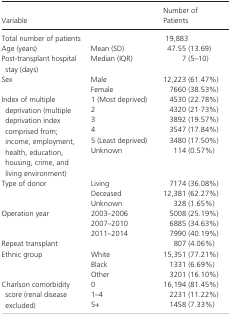
<table><thead><tr><td colspan="2"><b>Variable</b></td><td><b>Number of Patients</b></td></tr></thead><tbody><tr><td colspan="2">Total number of patients</td><td>19,883</td></tr><tr><td>Age (years)</td><td>Mean (SD)</td><td>47.55 (13.69)</td></tr><tr><td>Post‐transplant hospital stay (days)</td><td>Median (IQR)</td><td>7 (5–10)</td></tr><tr><td rowspan="2">Sex</td><td>Male</td><td>12,223 (61.47%)</td></tr><tr><td>Female</td><td>7660 (38.53%)</td></tr><tr><td rowspan="6">Index of multiple deprivation (multiple deprivation index comprised from; income, employment, health, education, housing, crime, and living environment)</td><td>1 (Most deprived)</td><td>4530 (22.78%)</td></tr><tr><td>2</td><td>4320 (21·73%)</td></tr><tr><td>3</td><td>3892 (19.57%)</td></tr><tr><td>4</td><td>3547 (17.84%)</td></tr><tr><td>5 (Least deprived)</td><td>3480 (17.50%)</td></tr><tr><td>Unknown</td><td>114 (0.57%)</td></tr><tr><td rowspan="3">Type of donor</td><td>Living</td><td>7174 (36.08%)</td></tr><tr><td>Deceased</td><td>12,381 (62.27%)</td></tr><tr><td>Unknown</td><td>328 (1.65%)</td></tr><tr><td rowspan="3">Operation year</td><td>2003–2006</td><td>5008 (25.19%)</td></tr><tr><td>2007–2010</td><td>6885 (34.63%)</td></tr><tr><td>2011–2014</td><td>7990 (40.19%)</td></tr><tr><td colspan="2">Repeat transplant</td><td>807 (4.06%)</td></tr><tr><td rowspan="3">Ethnic group</td><td>White</td><td>15,351 (77.21%)</td></tr><tr><td>Black</td><td>1331 (6.69%)</td></tr><tr><td>Other</td><td>3201 (16.10%)</td></tr><tr><td rowspan="3">Charlson comorbidity score (renal disease excluded)</td><td>0</td><td>16,194 (81.45%)</td></tr><tr><td>1–4</td><td>2231 (11.22%)</td></tr><tr><td>5+</td><td>1458 (7.33%)</td></tr></tbody></table>